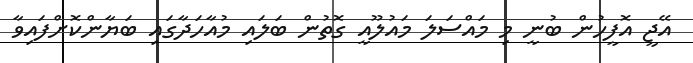
އޭޖީ އޮފީހުން ބުނީ މި މައްސަލަ މައުލޫއީ ގޮތުން ބަލައި މުއާހަދާގައި ބަޔާންކޮށްފައިވާ